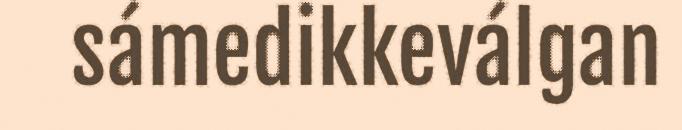
sámedikkeválgan